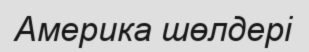
Америка шөлдері